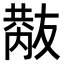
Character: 𠮂